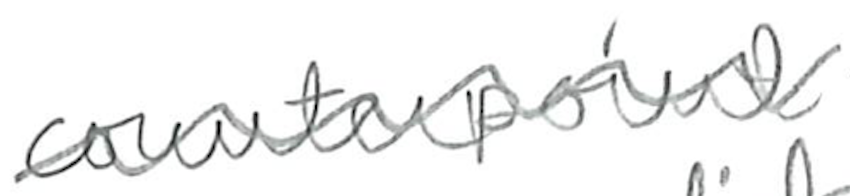
Text: counterpoint
Cross-out: wave
Writing tool: pencil